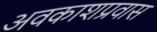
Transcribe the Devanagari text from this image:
अवकाशप्रवास